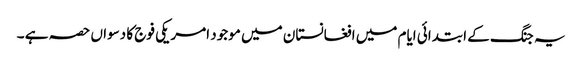
یہ جنگ کے ابتدائی ایام میں افغانستان میں موجود امریکی فوج کا دسواں حصہ ہے ۔